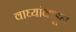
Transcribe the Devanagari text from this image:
वाघ्यांकडून